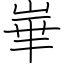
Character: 崋